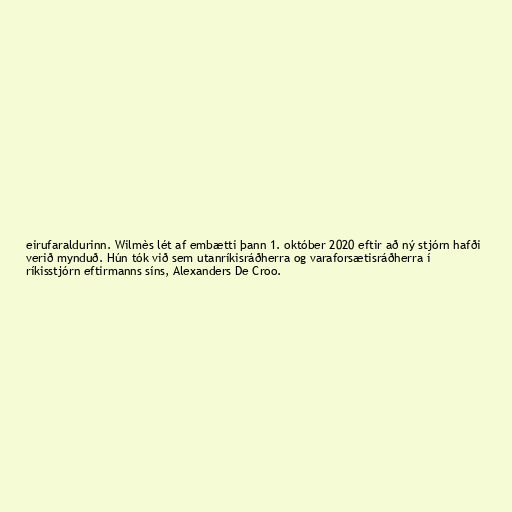
eirufaraldurinn. Wilmès lét af embætti þann 1. október 2020 eftir að ný stjórn hafði
verið mynduð. Hún tók við sem utanríkisráðherra og varaforsætisráðherra í
ríkisstjórn eftirmanns síns, Alexanders De Croo.